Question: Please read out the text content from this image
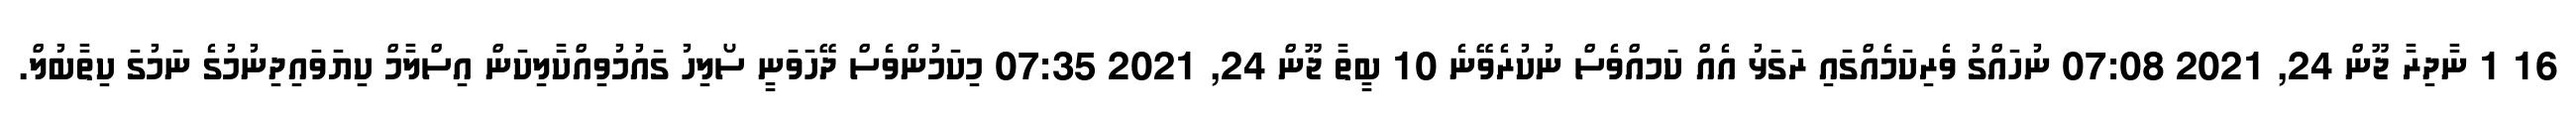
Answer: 16 1 ނާދިރާ ޖޫން 24, 2021 07:08 ނުހައްގު ވެރިކަމެއްގައި ރަގަޅު އެއް ކަމއްވެސް ނުކުރެވޭނެ 10 ބީތާ ޖޫން 24, 2021 07:35 މިކަމުންވެސް ދޭހަވަނީ ސޯލިހު ގައުމުވިއްކާލިކަން އިސްލާމް ކިޔަވައިދިނުމުގެ ނަމުގަ ކިތާބުލް.